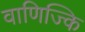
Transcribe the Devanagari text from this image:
वाणिज्कि